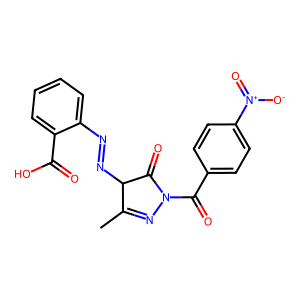
SMILES: CC1=NN(C(=O)c2ccc([N+](=O)[O-])cc2)C(=O)C1N=Nc1ccccc1C(=O)O
Inhibits HIV replication: No